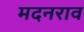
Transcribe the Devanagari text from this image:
मदनराव